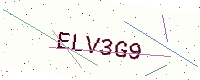
Text: ELV3G9